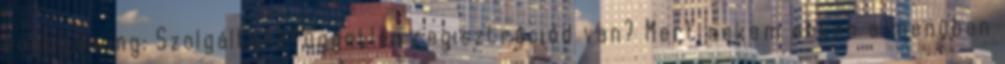
bobby.ewing: Szolgáltatófüggetlen regisztrációd van? Mert nekem ebben a menüben